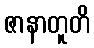
ဇာနာတူတိ